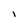
Character: I